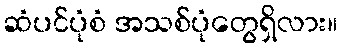
ဆံပင်ပုံစံ အသစ်ပုံတွေရှိလား။